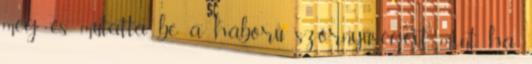
meg és mutatta be a háború szörnyűségeit, mint ha